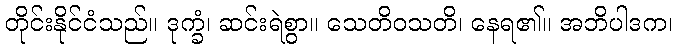
တိုင်းနိုင်ငံသည်။ ဒုက္ခံ၊ ဆင်းရဲစွာ။ သေတိဝသတိ၊ နေရ၏။ အဘိပါဒက၊